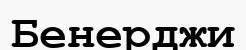
Бенерджи